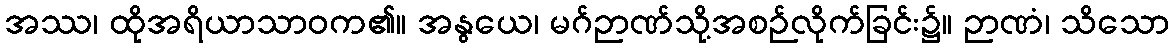
အဿ၊ ထိုအရိယာသာဝက၏။ အနွယေ၊ မဂ်ဉာဏ်သို့အစဉ်လိုက်ခြင်း၌။ ဉာဏံ၊ သိသော